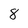
Character: 8